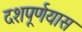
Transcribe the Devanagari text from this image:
दशपूर्णयास